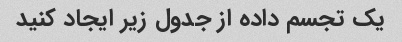
یک تجسم داده از جدول زیر ایجاد کنید